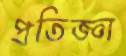
প্রতিজ্ঞা